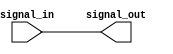
module Active_high_buffer (
  input wire signal_in,
  output reg signal_out
);

assign signal_out = signal_in;

endmodule